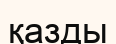
қазды